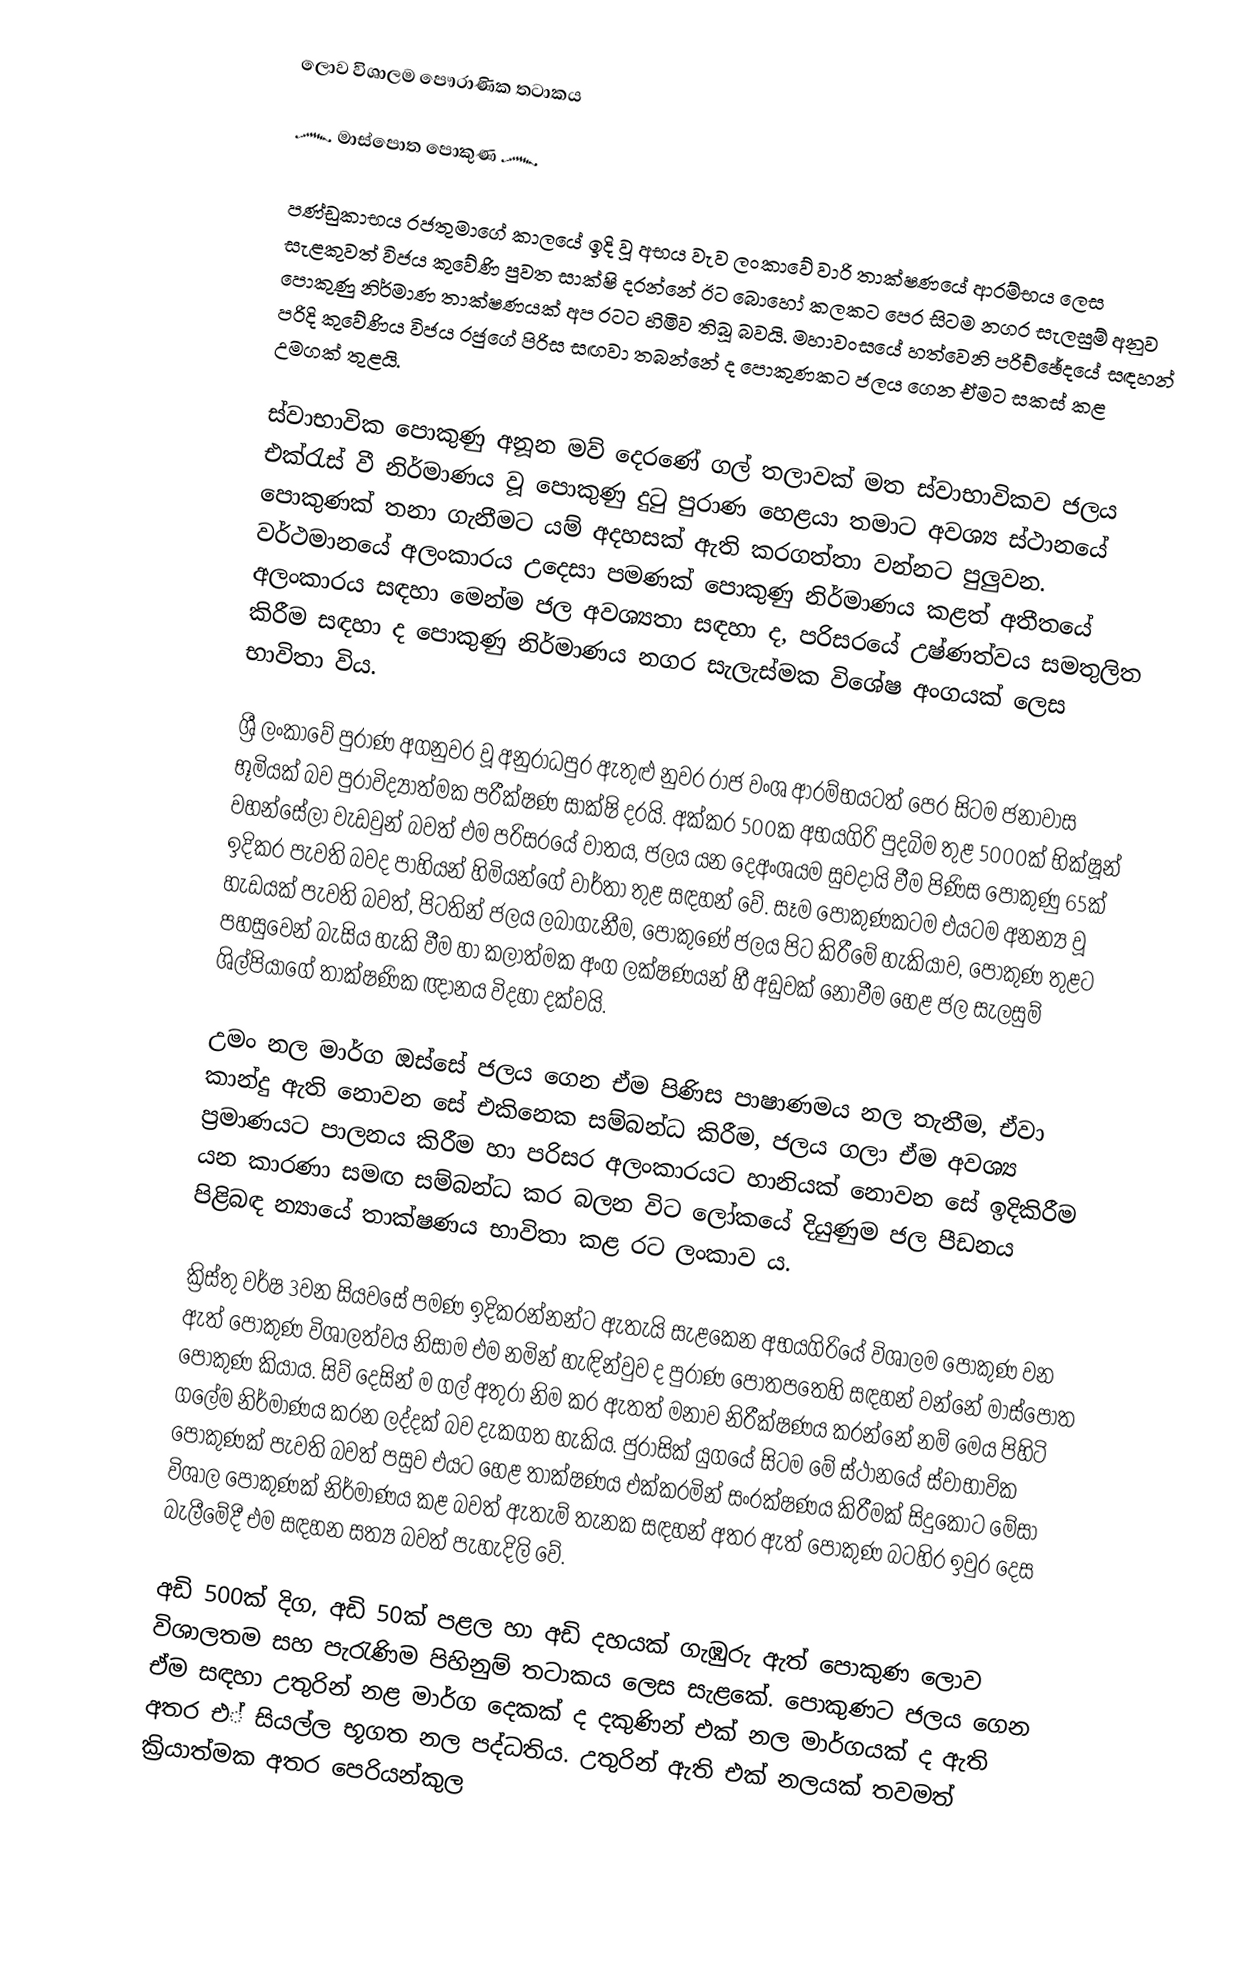
ලොව විශාලම පෞරාණික තටාකය

      ෴ මාස්පොත පොකුණ ෴

   පණ්ඩුකාභය රජතුමාගේ කාලයේ ඉදි වූ අභය වැව ලංකාවේ වාරි තාක්ෂණයේ ආරම්භය ලෙස සැළකුවත් විජය කුවේණි පුවත සාක්ෂි දරන්නේ ඊට බොහෝ කලකට පෙර සිටම නගර සැලසුම් අනුව පොකුණු නිර්මාණ තාක්ෂණයක් අප රටට හිමිව තිබූ බවයි. මහාවංසයේ හත්වෙනි පරිච්ඡේදයේ සඳහන් පරිදි කුවේණිය විජය රජුගේ පිරිස සඟවා තබන්නේ ද පොකුණකට ජලය ගෙන ඒමට සකස් කළ උමගක් තුළයි.

   ස්වාභාවික පොකුණු අනූන මව් දෙරණේ ගල් තලාවක් මත ස්වාභාවිකව ජලය එක්රැස් වී නිර්මාණය වූ පොකුණු දුටු පුරාණ හෙළයා තමාට අවශ්‍ය ස්ථානයේ පොකුණක් තනා ගැනීමට යම් අදහසක් ඇති කරගත්තා වන්නට පුලුවන. වර්ථමානයේ අලංකාරය උදෙසා පමණක් පොකුණු නිර්මාණය කළත් අතීතයේ අලංකාරය සඳහා මෙන්ම ජල අවශ්‍යතා සඳහා ද, පරිසරයේ උෂ්ණත්වය සමතුලිත කිරීම සඳහා ද පොකුණු නිර්මාණය නගර සැලැස්මක විශේෂ අංගයක් ලෙස භාවිතා විය.

   ශ්‍රී ලංකාවේ පුරාණ අගනුවර වූ අනුරාධපුර ඇතුළු නුවර රාජ වංශ ආරම්භයටත් පෙර සිටම ජනාවාස භූමියක් බව පුරාවිද්‍යාත්මක පරීක්ෂණ සාක්ෂි දරයි. අක්කර 500ක අභයගිරි පුදබිම තුළ 5000ක් භික්ෂූන් වහන්සේලා වැඩවුන් බවත් එම පරිසරයේ වාතය, ජලය යන දෙඅංශයම සුවදායි වීම පිණිස පොකුණු 65ක් ඉදිකර පැවති බවද පාහියන් හිමියන්ගේ වාර්තා තුළ සඳහන් වේ. සෑම පොකුණකටම එයටම අනන්‍ය වූ හැඩයක් පැවති බවත්, පිටතින් ජලය ලබාගැනීම, පොකුණේ ජලය පිට කිරීමේ හැකියාව, පොකුණ තුළට පහසුවෙන් බැසිය හැකි වීම හා කලාත්මක අංග ලක්ෂණයන් හී අඩුවක් නොවීම හෙළ ජල සැලසුම් ශිල්පියාගේ තාක්ෂණික ඥානය විදහා දක්වයි.

   උමං නල මාර්ග ඔස්සේ ජලය ගෙන ඒම පිණිස පාෂාණමය නල තැනීම, ඒවා කාන්දු ඇති නොවන සේ එකිනෙක සම්බන්ධ කිරීම, ජලය ගලා ඒම අවශ්‍ය ප්‍රමාණයට පාලනය කිරීම හා පරිසර අලංකාරයට හානියක් නොවන සේ ඉදිකිරීම යන කාරණා සමඟ සම්බන්ධ කර බලන විට ලෝකයේ දියුණුම ජල පීඩනය පිළිබඳ න්‍යායේ තාක්ෂණය භාවිතා කළ රට ලංකාව ය.

   ක්‍රිස්තු වර්ෂ 3වන සියවසේ පමණ ඉදිකරන්නන්ට ඇතැයි සැළකෙන අභයගිරියේ විශාලම පොකුණ වන ඇත් පොකුණ විශාලත්වය නිසාම එම නමින් හැඳින්වුව ද පුරාණ පොතපතෙහි සඳහන් වන්නේ මාස්පොත පොකුණ කියාය. සිව් දෙසින් ම ගල් අතුරා නිම කර ඇතත් මනාව නිරීක්ෂණය කරන්නේ නම් මෙය පිහිටි ගලේම නිර්මාණය කරන ලද්දක් බව දැකගත හැකිය. ජුරාසික් යුගයේ සිටම මේ ස්ථානයේ ස්වාභාවික පොකුණක් පැවති බවත් පසුව එයට හෙළ තාක්ෂණය එක්කරමින් සංරක්ෂණය කිරීමක් සිදුකොට මේසා විශාල පොකුණක් නිර්මාණය කළ බවත් ඇතැම් තැනක සඳහන් අතර ඇත් පොකුණ බටහිර ඉවුර දෙස බැලීමේදී එම සඳහන සත්‍ය බවත් පැහැදිලි වේ.

   අඩි 500ක් දිග, අඩි 50ක් පළල හා අඩි දහයක් ගැඹුරු ඇත් පොකුණ ලොව විශාලතම සහ පැරැණිම පිහිනුම් තටාකය ලෙස සැළකේ. පොකුණට ජලය ගෙන ඒම සඳහා උතුරින් නළ මාර්ග දෙකක් ද දකුණින් එක් නල මාර්ගයක් ද ඇති අතර එ් සියල්ල භූගත නල පද්ධතිය. උතුරින් ඇති එක් නලයක් තවමත් ක්‍රියාත්මක අතර පෙරියන්කුල